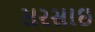
સરસાઇ